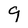
Character: 9